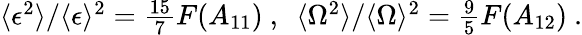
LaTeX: \begin{array}{r}{\langle\epsilon^{2}\rangle/\langle\epsilon\rangle^{2}=\frac{15}{7}F(A_{11})\ ,\ \ \langle\Omega^{2}\rangle/\langle\Omega\rangle^{2}=\frac{9}{5}F(A_{12})\ .}\end{array}